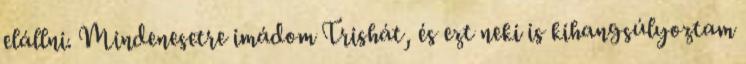
elállni. Mindenesetre imádom Trishát, és ezt neki is kihangsúlyoztam